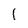
Character: 1